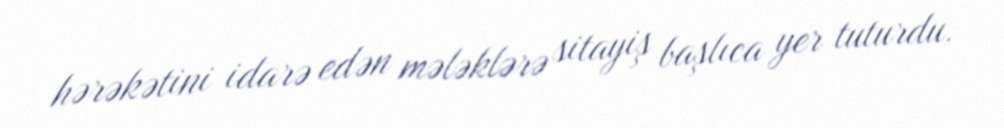
hərəkətini idarə edən mələklərə sitayiş başlıca yer tuturdu.